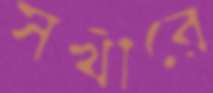
সখীরে